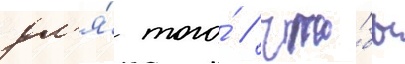
дл'я́ того́ / что́бы